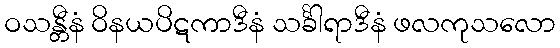
ဝသန္တီနံ ဝိနယပိဋကာဒီနံ သင်္ခါရာဒီနံ ဖလကုသလော